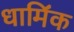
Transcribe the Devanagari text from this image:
धामि॔क